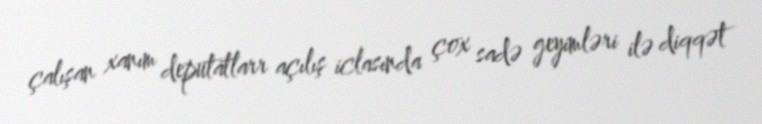
çalışan xanım deputatlarr açılış iclasında çox sadə geyimləri ilə diqqət